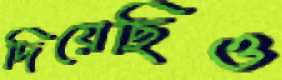
দিয়েছিও